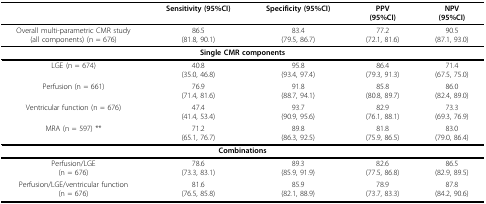
|  | Sensitivity (95%CI) | Specificity (95%CI) | PPV(95%CI) | NPV(95%CI) |
 | --- | --- | --- | --- | --- |
 | Overall multi-parametric CMR study(all components) (n = 676) | 86.5(81.8, 90.1) | 83.4(79.5, 86.7) | 77.2(72.1, 81.6) | 90.5(87.1, 93.0) |
 | <COLSPAN=5> Single CMR components |
 | LGE (n = 674) | 40.8(35.0, 46.8) | 95.8(93.4, 97.4) | 86.4(79.3, 91.3) | 71.4(67.5, 75.0) |
 | Perfusion (n = 661) | 76.9(71.4, 81.6) | 91.8(88.7, 94.1) | 85.8(80.8, 89.7) | 86.0(82.4, 89.0) |
 | Ventricular function (n = 676) | 47.4(41.4, 53.4) | 93.7(90.9, 95.6) | 82.9(76.1, 88.1) | 73.3(69.3, 76.9) |
 | MRA (n = 597) ** | 71.2(65.1, 76.7) | 89.8(86.3, 92.5) | 81.8(75.9, 86.5) | 83.0(79.0, 86.4) |
 | <COLSPAN=5> Combinations |
 | Perfusion/LGE(n = 676) | 78.6(73.3, 83.1) | 89.3(85.9, 91.9) | 82.6(77.5, 86.8) | 86.5(82.9, 89.5) |
 | Perfusion/LGE/ventricular function(n = 676) | 81.6(76.5, 85.8) | 85.9(82.1, 88.9) | 78.9(73.7, 83.3) | 87.8(84.2, 90.6) |